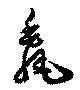
毳